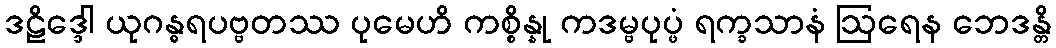
ဒဠိဒ္ဒေါ ယုဂန္ဓရပဗ္ဗတဿ ပုမေဟိ ကစ္စိန္နု ကဒမ္ဗပုပ္ဖံ ရက္ခသာနံ ဩရေန ဘေဒန္တိ